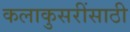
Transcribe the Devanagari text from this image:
कलाकुसरींसाठी